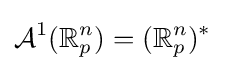
{\mathcal {A}}^{1}(\mathbb {R} _{p}^{n})=(\mathbb {R} _{p}^{n})^{*}